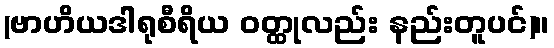
(ဗာဟိယဒါရုစီရိယ ဝတ္ထုလည်း နည်းတူပင်)။